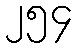
၂၅၄